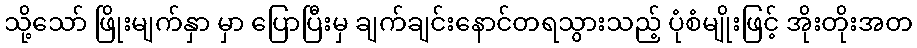
သို့သော် ဖြိုးမျက်နှာ မှာ ပြောပြီးမှ ချက်ချင်းနောင်တရသွားသည့် ပုံစံမျိုးဖြင့် အိုးတိုးအတ